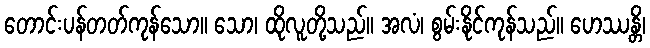
တောင်းပန်တတ်ကုန်သော။ သော၊ ထိုလူတို့သည်။ အလံ၊ စွမ်းနိုင်ကုန်သည်။ ဟေဿန္တိ၊